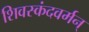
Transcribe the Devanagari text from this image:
शिवस्कंदवर्मन्